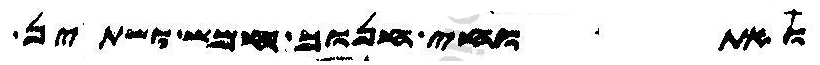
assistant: ואתוחי חנוך חמש ושתין